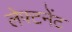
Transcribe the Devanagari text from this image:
लेफ्टनेंट